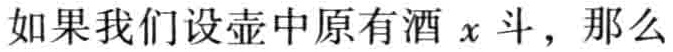
如果我们设壶中原有酒 \(x\) 斗，那么